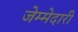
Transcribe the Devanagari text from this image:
जेम्मेदारी